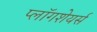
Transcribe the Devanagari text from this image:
प्लॉगशेयर्स